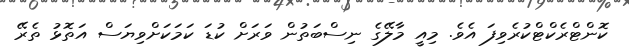
ކޮންޓްރެކްޓްކުރެވިފަ އެވެ. މިއީ މާލޭގެ ނިސްބަތުން ވަރަށް ކުޑަ ކަމަކަށްވިޔަސް އަތޮޅު ތެރޭ